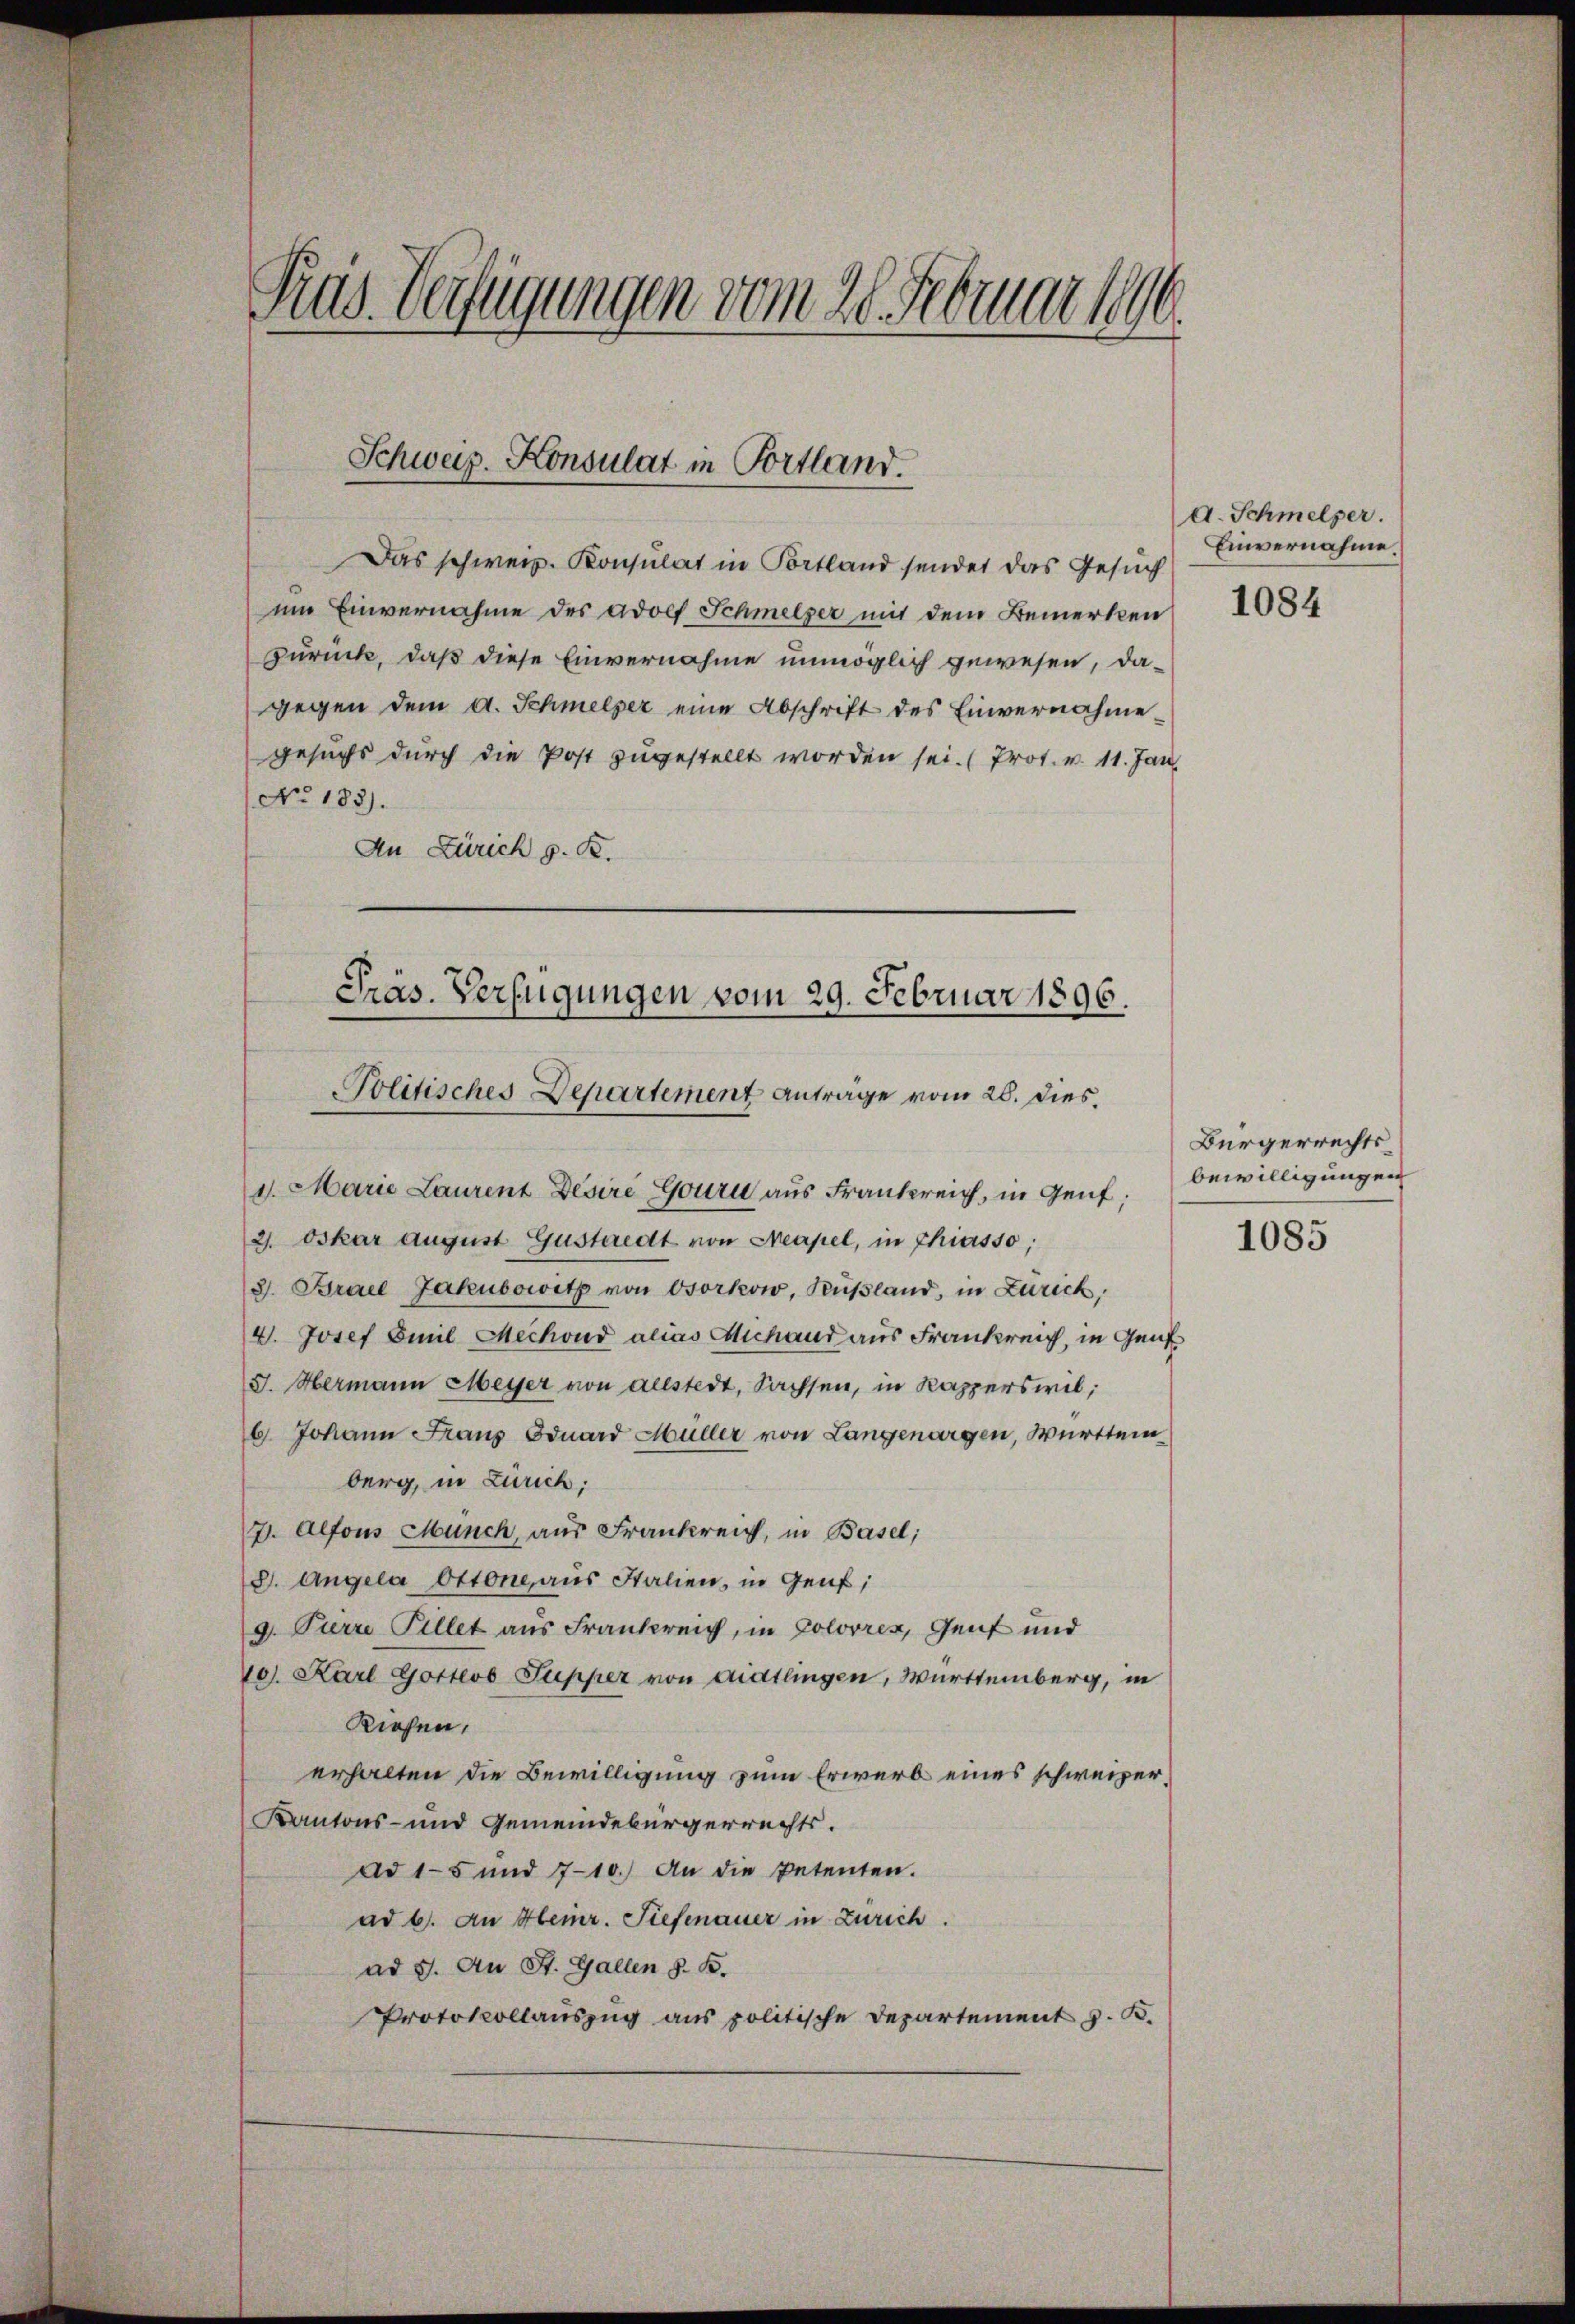
1
Tras Verfügungen vom 20. Februar 189

Das schweiz. Konsulat in Portland sendet das Gesuch
um Einvernahme des Adolf Schmelzer mit dem Bemerken
zurück, daß diese Einvernahme unmöglich gewesen, dagegen dem A. Schmelzer eine Abschrift des Einvernahmegesuchs durch die Post zugestellt worden sei. (Prot. v. 11. Jan
No. 183).
An Zürich z. B.

Schweiz. Konsulat in Portland.

Präs. Verfügungen vom 29. Februar 1896.
Politisches Departement Anträge vom 26. Dies

1. Marie Laurenz Desire Gouru aus Frankreich, in Genf;
2. Oskar August Gustaedt von Neapel, in Thiersso;
2. Brael Jakubowitz von Osorkow, Rußland, in Zürich,
4. Josef Emil Mechand alias Michand aus Frankreich, in Genf
J. Hermann Meyer von allstert, Sachsen, in Kapperswil;
6 Johann Franz Eduard Müller von Langenargen, Württem
berg, in Zürich;
7. Alfons Münch, aus Frankreich, in Basel;
2. Angela Ottone, aus Italien, in Genf,
9. Pierre Pillet aus Frankreich, in Colorres, Genf und
101. Karl Gottlob Pupper von Aidtlingen, Württemberg, in
Riesen,
erhalten die Bewilligung zum Erwerb eines schweizer¬
Kantons- und Gemeindebürgerrechts.
Ad 15 und 710.) An die Petenten.
ad b. An Heinr. Tiefenauer in Zürich.
ad 5. An St. Gallen z. B.
Protokollauszug aus politische Departement z. B.

d. Schmelzer.
Einvernahme.

1084

Bürgerrechtsbewilligungen

1085